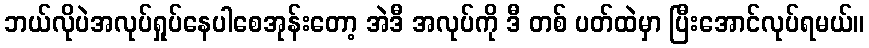
ဘယ်လိုပဲအလုပ်ရှုပ်နေပါစေအုန်းတော့ အဲဒီ အလုပ်ကို ဒီ တစ် ပတ်ထဲမှာ ပြီးအောင်လုပ်ရမယ်။